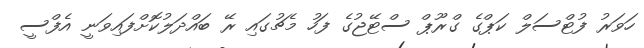
ހަވަރު ފުޓްސަލް ކަޕްގެ ގްރޫޕް ސްޓޭޖުގެ ފަހު މެޗުގައި ރޭ ބައްދަލުކޮށްފައިވަނީ އެފްސީ